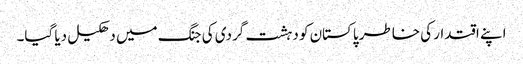
اپنے اقتدار کی خاطر پاکستان کو دہشت گردی کی جنگ میں دھکیل دیا گیا۔